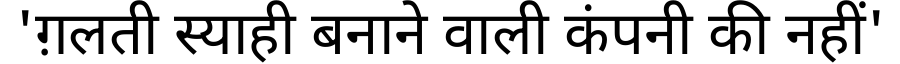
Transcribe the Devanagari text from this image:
'ग़लती स्याही बनाने वाली कंपनी की नहीं'